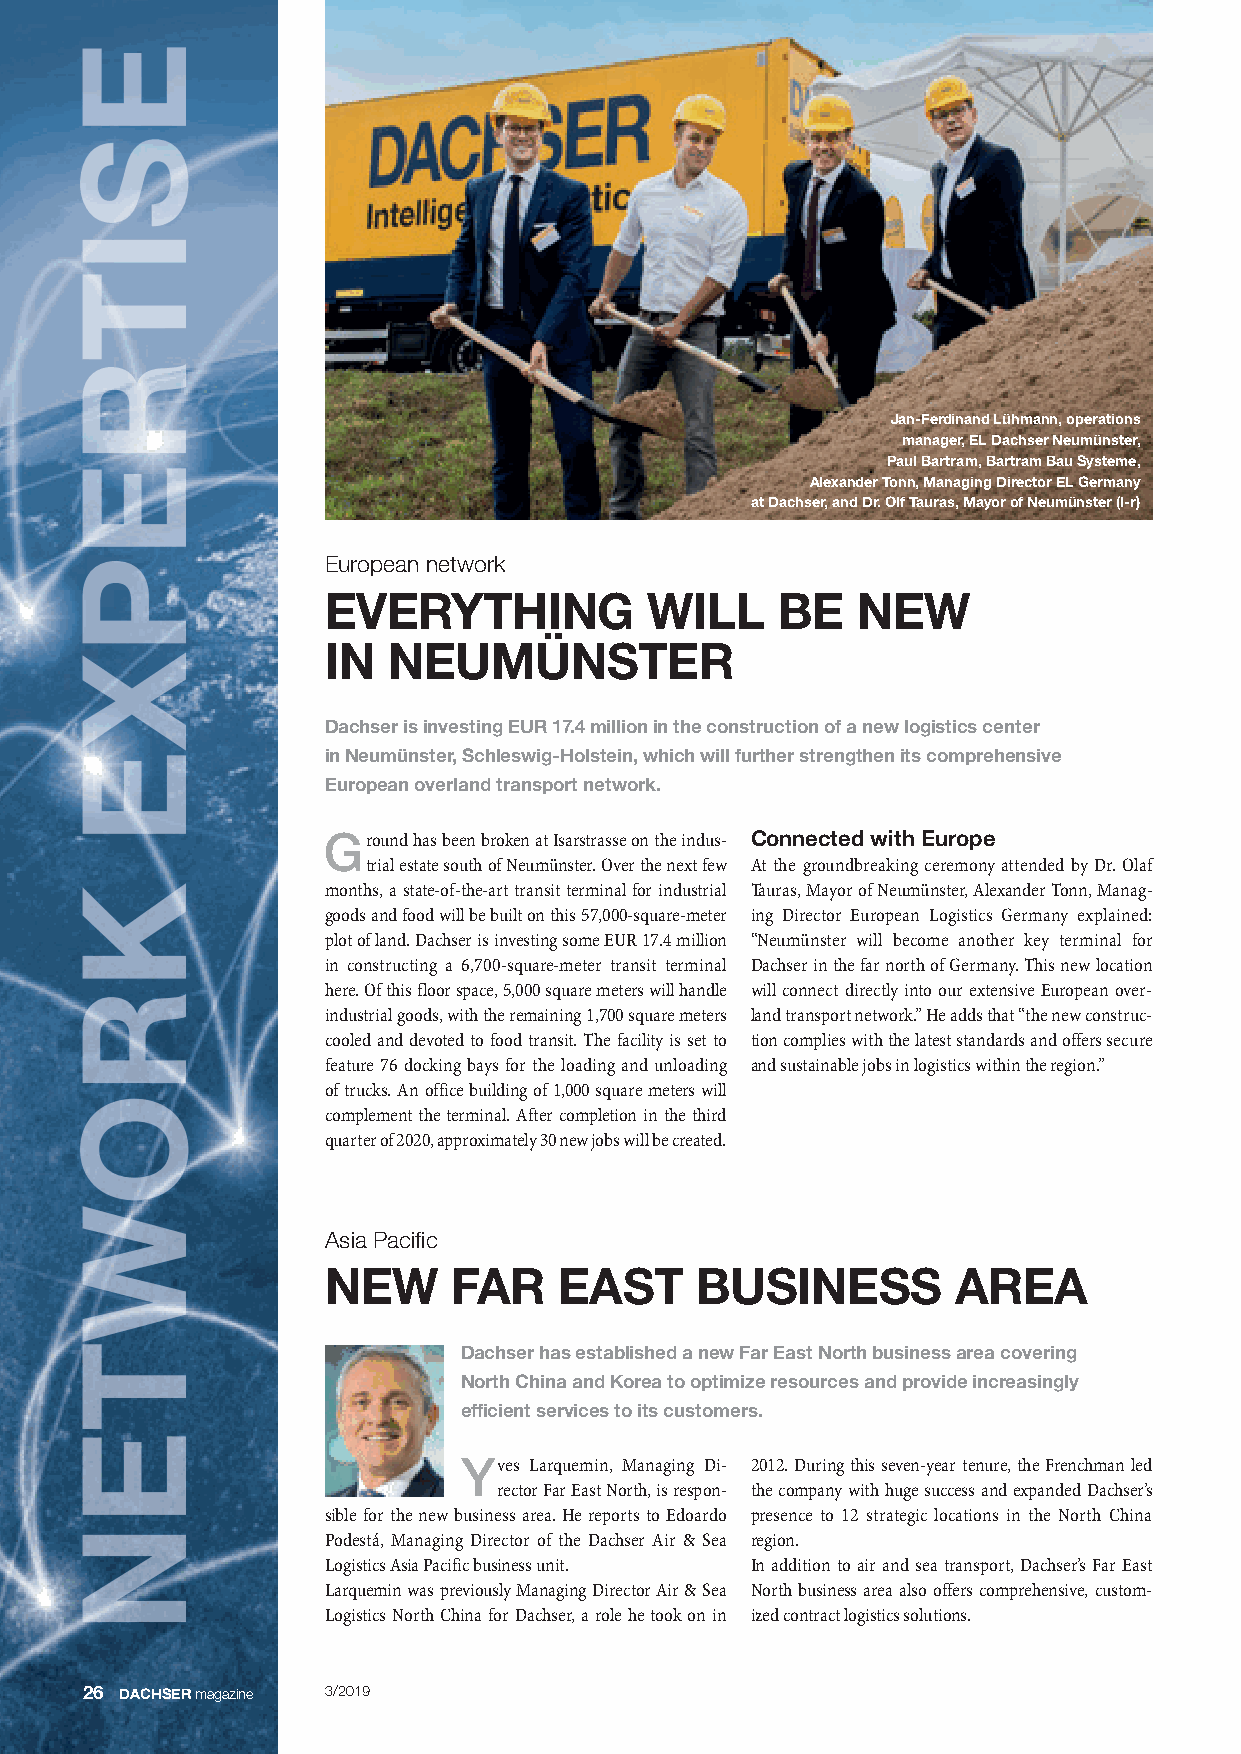
Jan-Ferdinand Lühmann, operations
 manager, EL Dachser Neumünster,
 Paul Bartram, Bartram Bau Systeme,
 Alexander Tonn, Managing Director EL Germany
 at Dachser, and Dr. Olf Tauras, Mayor of Neumünster (l-r)
 European network
 EVERYTHING           WILL     BE   NEW
 IN  NEUMÜNSTER
 Dachser is investing EUR 17.4 million in the construction of a new logistics center
 in Neumünster, Schleswig-Holstein, which will further strengthen its comprehensive
 European overland transport network.
 Ground has been broken at Isarstrasse on the indus - Connected with Europe
 trial estate south of Neumünster. Over the next few At the groundbreaking ceremony attended by Dr. Olaf
 months, a state-of-the-art transit terminal for industrial Tauras, Mayor of Neumünster, Alexander Tonn, Manag -
 goods and food will be built on this 57,000-square-meter ing Director European Logistics Germany explained:
 plot of land. Dachser is investing some EUR 17.4 million “Neumünster will become another key terminal for
 in constructing a 6,700-square-meter transit terminal Dachser in the far north of Germany. This new location
 here. Of this floor space, 5,000 square meters will handle will connect directly into our extensive European over -
 industrial goods, with the remaining 1,700 square meters land transport network.” He adds that “the new construc-
 cooled and devoted to food transit. The facility is set to tion complies with the latest standards and offers secure
 feature 76 docking bays for the loading and unloading and sustainable jobs in logistics within the region.”
 of trucks. An office building of 1,000 square meters will
 complement the terminal. After completion in the third
 quarter of 2020, approximately 30 new jobs will be created.
 Asia Pacific
 NEW     FAR    EAST     BUSINESS         AREA
 Dachser has established a new Far East North business area covering
 North China and Korea to optimize resources and provide increasingly
 efficient services to its customers.
 Yves Larquemin, Managing Di - 2012. During this seven-year tenure, the Frenchman led
 rector Far East North, is respon - the company with huge success and expanded Dachser’s
 sible for the new business area. He reports to Edoardo presence to 12 strategic locations in the North China
 Podestá, Managing Director of the Dachser Air & Sea region.
 Logistics Asia Pacific business unit. In addition to air and sea transport, Dachser’s Far East
 Larquemin was previously Managing Director Air & Sea North business area also offers comprehensive, custom -
 Logistics North China for Dachser, a role he took on in ized contract logistics solutions.
 26 DACHSERmagazine 3/2019